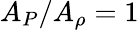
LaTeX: A_{P}/A_{\rho}=1